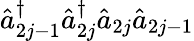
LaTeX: \hat{a}_{2j-1}^{\dagger}\hat{a}_{2j}^{\dagger}\hat{a}_{2j}\hat{a}_{2j-1}